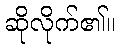
ဆိုလိုက်၏။